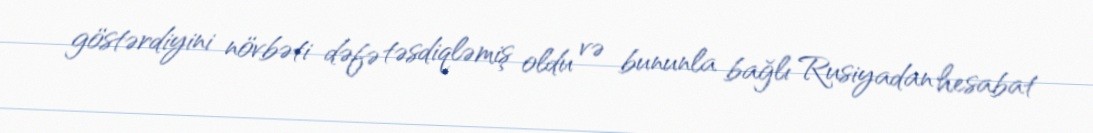
göstərdiyini növbəti dəfə təsdiqləmiş oldu və bununla bağlı Rusiyadan hesabat